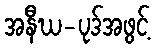
အနီဃ-ပုဒ်အဖွင့်